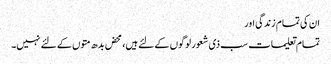
ان کی تمام زندگی اور
تمام تعلیمات سب ذی شعور لوگوں کے لئے ہیں، محض بدھ متوں کے لئے نہیں۔